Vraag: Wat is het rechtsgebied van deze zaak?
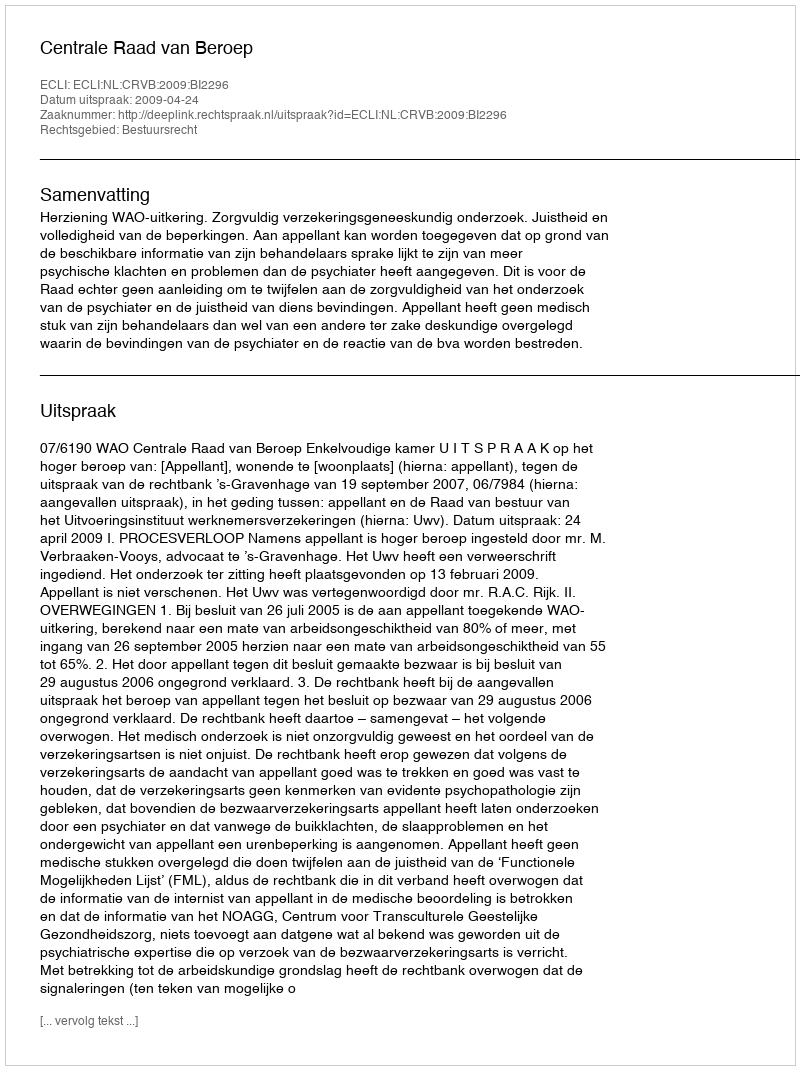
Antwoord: Bestuursrecht